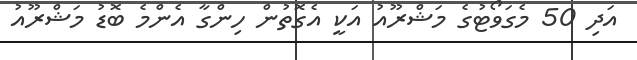
އަދި 50 މެގަވޯޓުގެ މަޝްރޫއު އަކީ އެގޮތުން ހިންގާ އެންމެ ބޮޑު މަޝްރޫއު